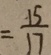
= \frac { 1 5 } { 1 7 }